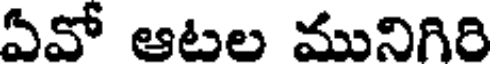
ఏవో ఆటల మునిగిరి